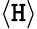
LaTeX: \left\langle{\mathtt{H}}\right\rangle